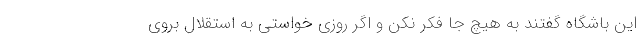
این باشگاه گفتند به هیچ جا فکر نکن و اگر روزی خواستی به استقلال بروی